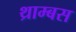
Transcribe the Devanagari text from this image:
थ्राम्बस